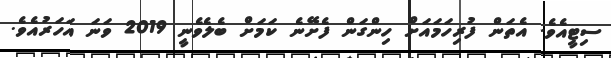
ސިޓީއެވެ. އެތަން ފުރިހަމައަށް ހިންގަން ފެށޭނެ ކަމަށް ބެލެވެނީ 2019 ވަނަ އަހަރުއެވެ.